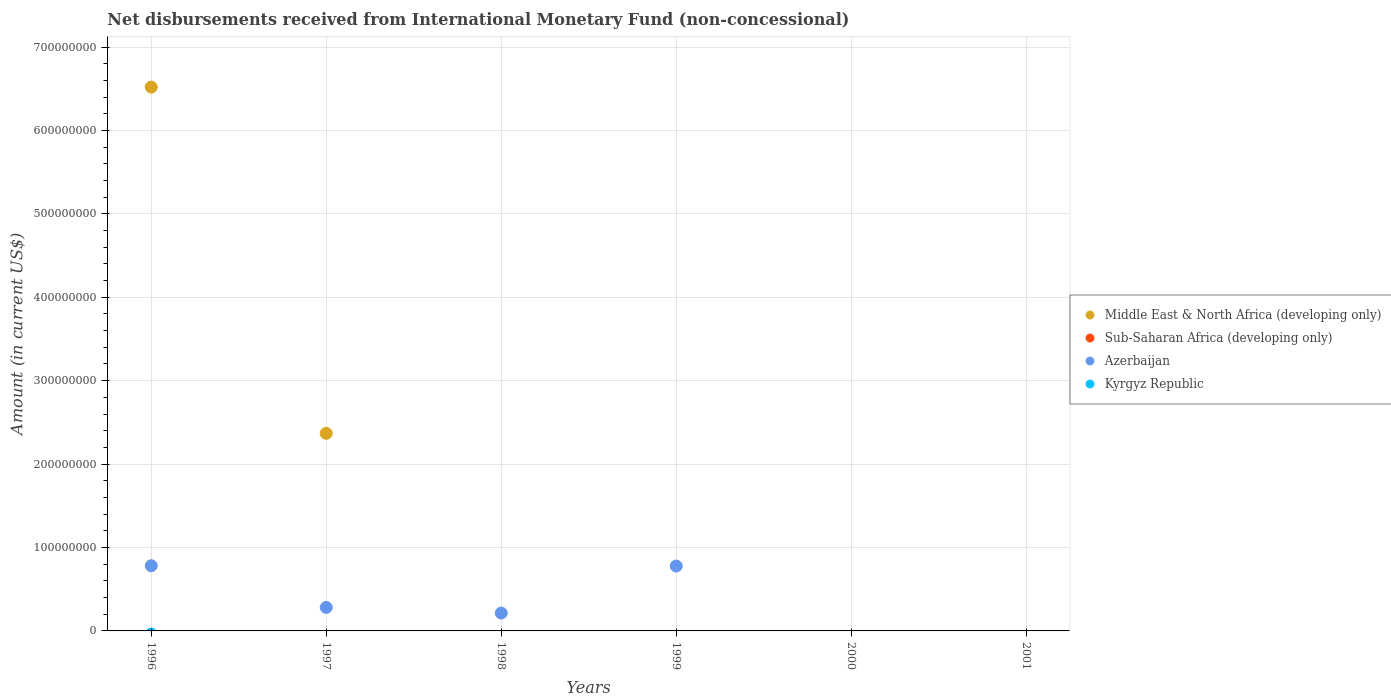
| Years | Middle East & North Africa (developing only) | Sub-Saharan Africa (developing only) | Azerbaijan | Kyrgyz Republic |
 | --- | --- | --- | --- | --- |
 | 1996 | 6.52e+08 | -1e+08 | 7.81e+07 | -3.86e+06 |
 | 1997 | 2.37e+08 | -5.57e+08 | 2.82e+07 | -9.84e+06 |
 | 1998 | -1.03e+08 | -5.6e+08 | 2.14e+07 | -1.16e+07 |
 | 1999 | -6.69e+07 | -8.86e+07 | 7.78e+07 | -7.35e+06 |
 | 2000 | -2.18e+08 | -7.83e+07 | -5.14e+07 | -7.09e+06 |
 | 2001 | -2.31e+08 | -1.23e+08 | -3.93e+07 | -6.84e+06 |